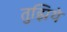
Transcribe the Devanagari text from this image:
तुझिये